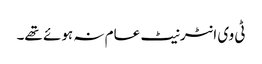
ٹی وی انٹرنیٹ عام نہ ہوئے تھے۔